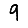
Digit: 9